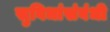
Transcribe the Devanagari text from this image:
सुविधांसंबंधी